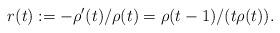
LaTeX: \begin{align*} r(t):=-\rho'(t)/\rho(t)=\rho(t-1)/(t \rho(t)).\end{align*}